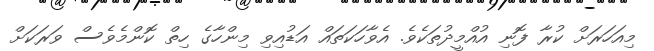
މިއަހަރަށް ކުރާ ފޮނި އުއްމީދުތަކެވެ. އެވާހަކަތައް އަޑުއިވި މިންހާގެ ހިތް ކޮންމެވެސް ވަރަކަށް